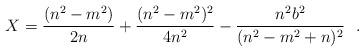
LaTeX: \begin{align*}X=\frac{(n^2-m^2)}{2n}+\frac{(n^2-m^2)^2}{4n^2}-\frac{n^2b^2}{(n^2-m^2+n)^2}~~.\end{align*}